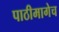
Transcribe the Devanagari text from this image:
पाठीमागेच